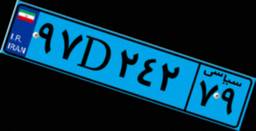
۹۷D۰۳۵۲۷